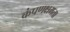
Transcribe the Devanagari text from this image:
कंपणक्षमता